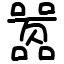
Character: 嚣